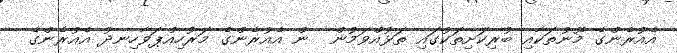
އެއުރެންގެ މޫނުތަކާއި ބުރިކަށިތަކުގައި ތަޅުއްވަމުން  ން އެއުރެންގެ މަރުހިއްޕަވާހިނދު އެއުރެންގެ